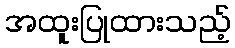
အထူးပြုထားသည့်